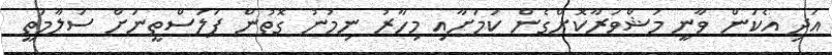
އަދި އެކަން ވާނީ މަޝްވަރާކޮށްގެން ކަމަށާއި މިހާރު ނިމުނު ގޮތުން ފަލަސްތީނަށް ސަލާމަތީ